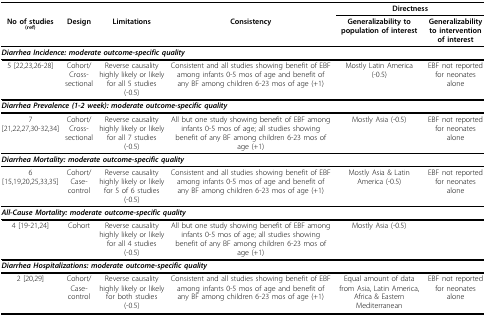
|  |  |  |  | <COLSPAN=2> Directness |
 | No of studies (ref) | Design | Limitations | Consistency | Generalizability to population of interest | Generalizability to intervention of interest |
 | --- | --- | --- | --- | --- | --- |
 | <COLSPAN=6> Diarrhea Incidence: moderate outcome-specific quality |
 | 5 [22,23,26-28] | Cohort/Cross-sectional | Reverse causality highly likely or likely for all 5 studies (-0.5) | Consistent and all studies showing benefit of EBF among infants 0-5 mos of age and benefit of any BF among children 6-23 mos of age (+1) | Mostly Latin America (-0.5) | EBF not reported for neonates alone |
 | <COLSPAN=6> Diarrhea Prevalence (1-2 week): moderate outcome-specific quality |
 | 7 [21,22,27,30-32,34] | Cohort/Cross-sectional | Reverse causality highly likely or likely for all 7 studies (-0.5) | All but one study showing benefit of EBF among infants 0-5 mos of age; all studies showing benefit of any BF among children 6-23 mos of age (+1) | Mostly Asia (-0.5) | EBF not reported for neonates alone |
 | <COLSPAN=6> Diarrhea Mortality: moderate outcome-specific quality |
 | 6 [15,19,20,25,33,35] | Cohort/Case-control | Reverse causality highly likely or likely for 5 of 6 studies (-0.5) | Consistent and all studies showing benefit of EBF among infants 0-5 mos of age and benefit of any BF among children 6-23 mos of age (+1) | Mostly Asia & Latin America (-0.5) | EBF not reported for neonates alone |
 | <COLSPAN=6> All-Cause Mortality: moderate outcome-specific quality |
 | 4 [19-21,24] | Cohort | Reverse causality highly likely or likely for all 4 studies (-0.5) | All but one study showing benefit of EBF among infants 0-5 mos of age; all studies showing benefit of any BF among children 6-23 mos of age (+1) | Mostly Asia (-0.5) |  |
 | <COLSPAN=6> Diarrhea Hospitalizations: moderate outcome-specific quality |
 | 2 [20,29] | Cohort/Case-control | Reverse causality highly likely or likely for both studies (-0.5) | Consistent and all studies showing benefit of EBF among infants 0-5 mos of age and benefit of any BF among children 6-23 mos of age (+1) | Equal amount of data from Asia, Latin America, Africa & Eastern Mediterranean | EBF not reported for neonates alone |